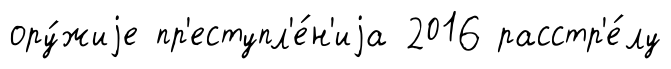
ору́жиjе пр'еступл'е́н'иjа 2016 расстр'е́лу